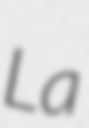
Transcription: La